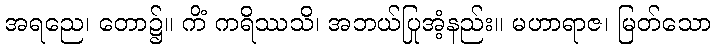
အရညေ၊ တော၌။ ကိံ ကရိဿသိ၊ အဘယ်ပြုအံ့နည်း။ မဟာရာဇ၊ မြတ်သော